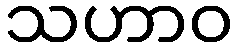
သဟာဝ